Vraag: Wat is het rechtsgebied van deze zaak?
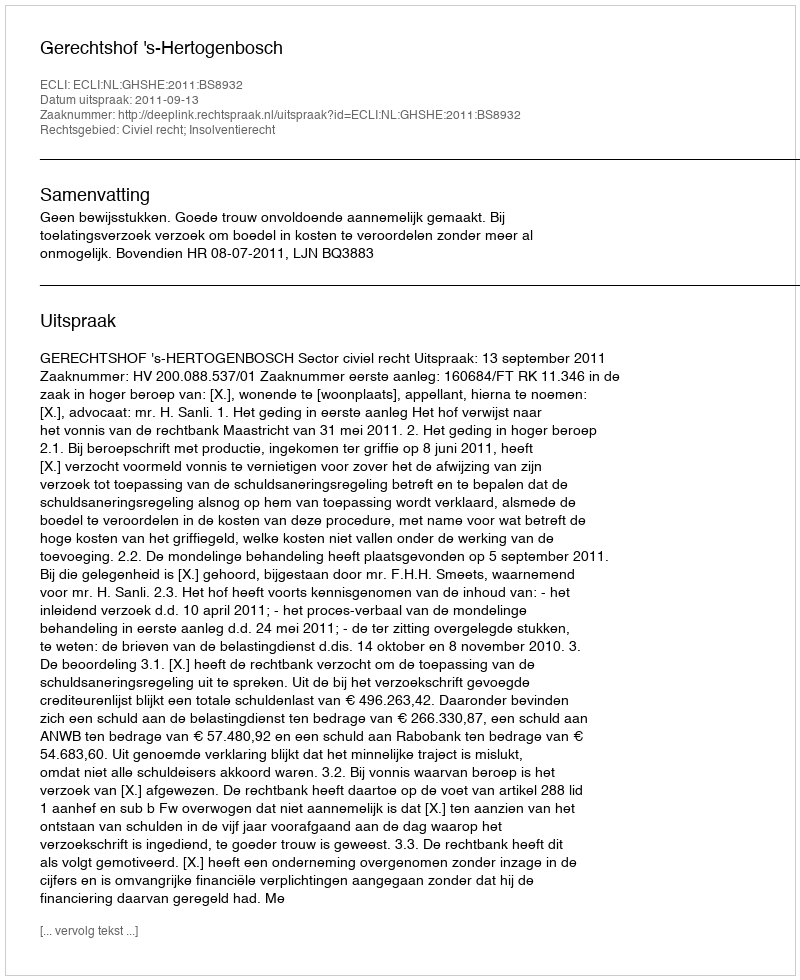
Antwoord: Civiel recht; Insolventierecht